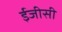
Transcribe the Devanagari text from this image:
ईजीसी